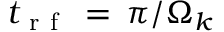
t _ { \mathrm { ~ r ~ f ~ } } \, = \, \pi / \Omega _ { k }